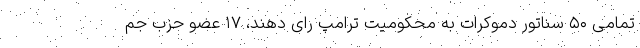
تمامی ۵۰ سناتور دموکرات به محکومیت ترامپ رأی دهند، ۱۷ عضو حزب جم